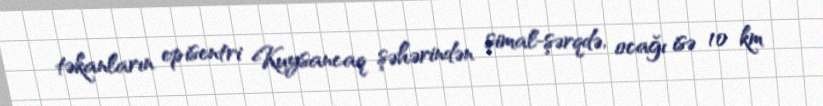
təkanların episentri Kuysancaq şəhərindən şimal-şərqdə, ocağı isə 10 km